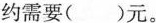
约需要()元。